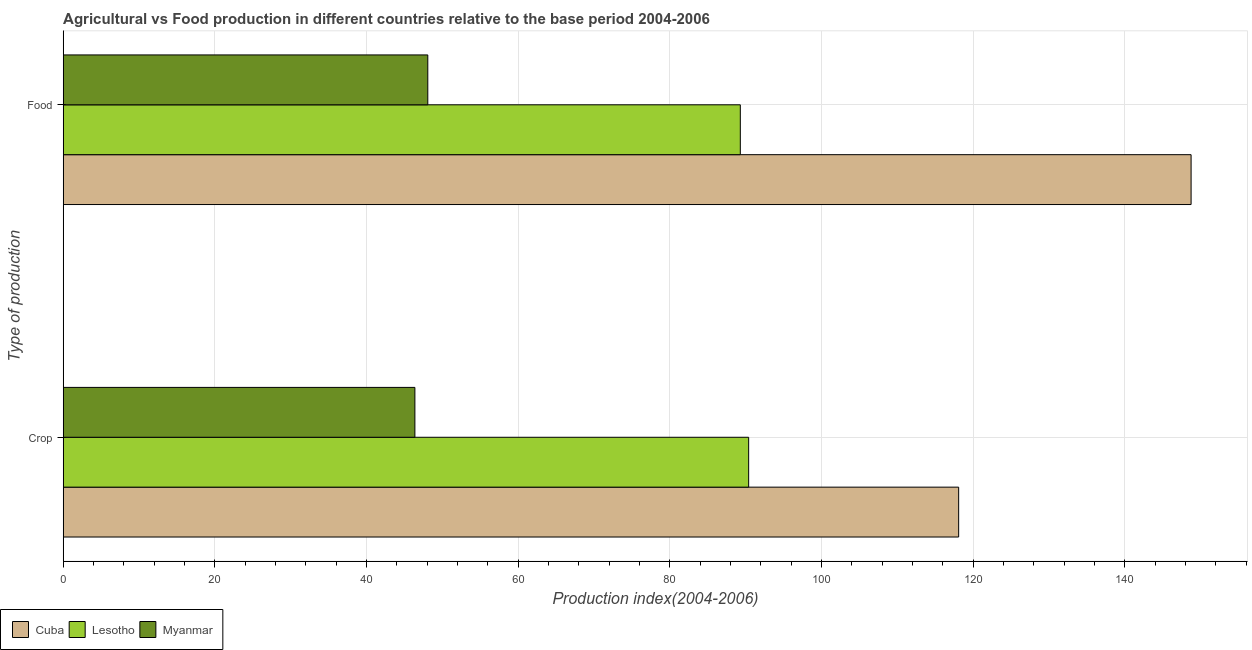
| Type of production | Cuba | Lesotho | Myanmar |
 | --- | --- | --- | --- |
 | Crop | 118 | 90.4 | 46.4 |
 | Food | 149 | 89.3 | 48.1 |